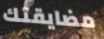
مضايقتك